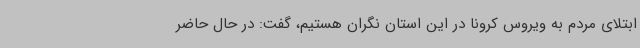
ابتلای مردم به ویروس کرونا در این استان نگران هستیم، گفت: در حال حاضر